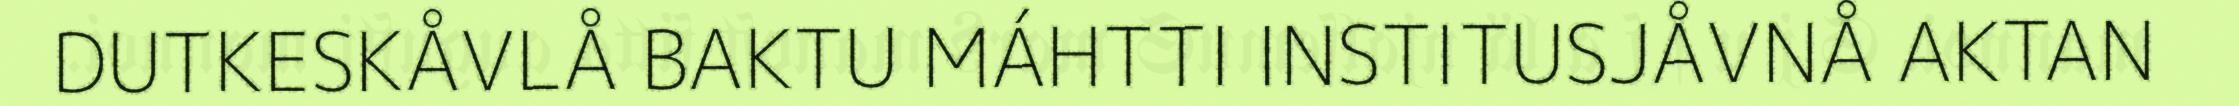
DUTKESKÅVLÅ BAKTU MÁHTTI INSTITUSJÅVNÅ AKTAN